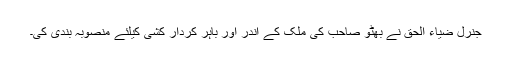
جنرل ضیاء الحق نے بھٹو صاحب کی ملک کے اندر اور باہر کردار کشی کیلئے منصوبہ بندی کی۔